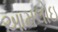
આમલોઇ